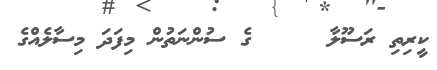
ކީރިތި ރަސޫލާ     ގެ ސުންނަތުން މިފަދަ މިސާލެއްގެ